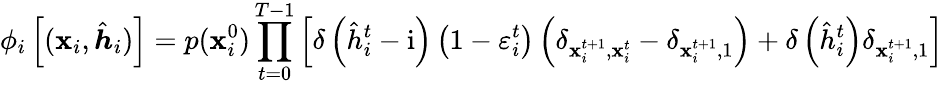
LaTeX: \phi_{i}\left[(\boldsymbol{\mathbf{x}}_{i},\hat{{\boldsymbol{h}}}_{i})\right]=p(\mathbf{x}_{i}^{0})\prod_{t=0}^{T-1}\left[\delta\left(\hat{{h}}_{i}^{t}-\mathrm{{i}}\right)\left(1-\varepsilon_{i}^{t}\right)\left(\delta_{\mathbf{x}_{i}^{t+1},\mathbf{x}_{i}^{t}}-\delta_{\mathbf{x}_{i}^{t+1},1}\right)+\delta\left(\hat{{h}}_{i}^{t}\right)\delta_{\mathbf{x}_{i}^{t+1},1}\right]